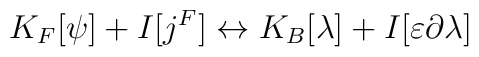
K_{F}[\psi ]+I[j^{F}]\leftrightarrow K_{B}[\lambda ]+I[\varepsilon \partial\lambda ]